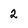
Character: 2